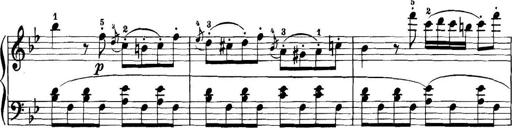
Title: 11 Sonatinas
Composer: Anton Diabelli